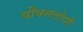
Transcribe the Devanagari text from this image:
यौवनलोपी